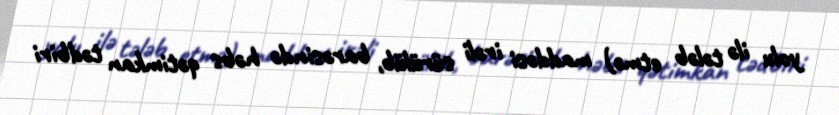
yolu ilə tələb etmə) maddəsi irəli sürülüb, barəsində həbs qətimkan tədbiri